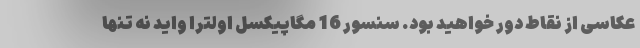
عکاسی از نقاط دور خواهید بود. سنسور 16 مگاپیکسل اولترا واید نه تنها